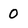
Character: 0